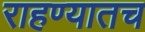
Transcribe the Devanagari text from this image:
राहण्यातच